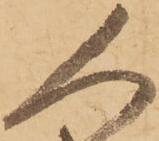
人